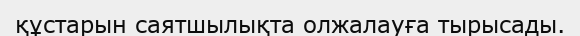
құстарын саятшылықта олжалауға тырысады.